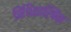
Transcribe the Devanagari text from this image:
विधिशास्त्रिक